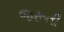
જરૂતી